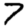
Digit: 7